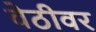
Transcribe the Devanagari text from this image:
वेठीवर